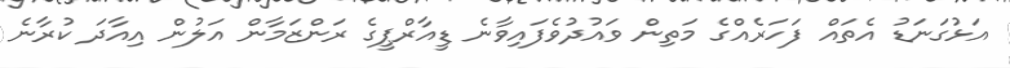
އަޅުގަނަޑު އެތައް ފަހަރެއްގެ މަތިން ވައުދުވެފައިވާނެ ޑީއާރްޕީގެ ރަންޒަމާން އަލުން އިއާދަ ކުރާނެ